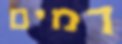
דמים